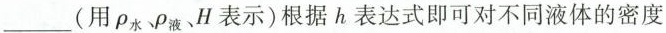
___(用ρ_{水}、ρ_{液}、H表示)根据 h 表达式即可对不同液体的密度